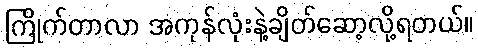
ကြိုက်တာလာ အကုန်လုံးနဲ့ချိတ်ဆော့လို့ရတယ်။